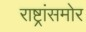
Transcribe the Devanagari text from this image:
राष्ट्रांसमोर